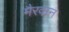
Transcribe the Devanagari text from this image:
मैरवान